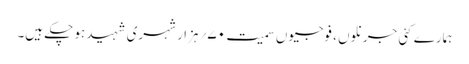
ہمارے کئی جرنلوں ، فوجیوں سمیت ۷۰؍ ہزار شہری شہید ہو چکے ہیں۔